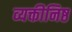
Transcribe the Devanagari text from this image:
व्यक्तीनिष्ठ